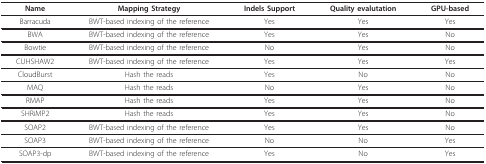
| Name | Mapping Strategy | Indels Support | Quality evalutation | GPU-based |
 | --- | --- | --- | --- | --- |
 | Barracuda | BWT-based indexing of the reference | Yes | Yes | Yes |
 | BWA | BWT-based indexing of the reference | Yes | Yes | No |
 | Bowtie | BWT-based indexing of the reference | No | Yes | No |
 | CUHSHAW2 | BWT-based indexing of the reference | Yes | Yes | Yes |
 | CloudBurst | Hash the reads | Yes | No | No |
 | MAQ | Hash the reads | No | Yes | No |
 | RMAP | Hash the reads | Yes | Yes | No |
 | SHRiMP2 | Hash the reads | Yes | Yes | No |
 | SOAP2 | BWT-based indexing of the reference | Yes | Yes | No |
 | SOAP3 | BWT-based indexing of the reference | No | No | Yes |
 | SOAP3-dp | BWT-based indexing of the reference | Yes | No | Yes |